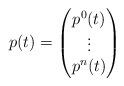
LaTeX: \begin{align*}p(t)=\begin{pmatrix} p^{0}(t) \\ \vdots \\ p^{n}(t)\end{pmatrix} \end{align*}